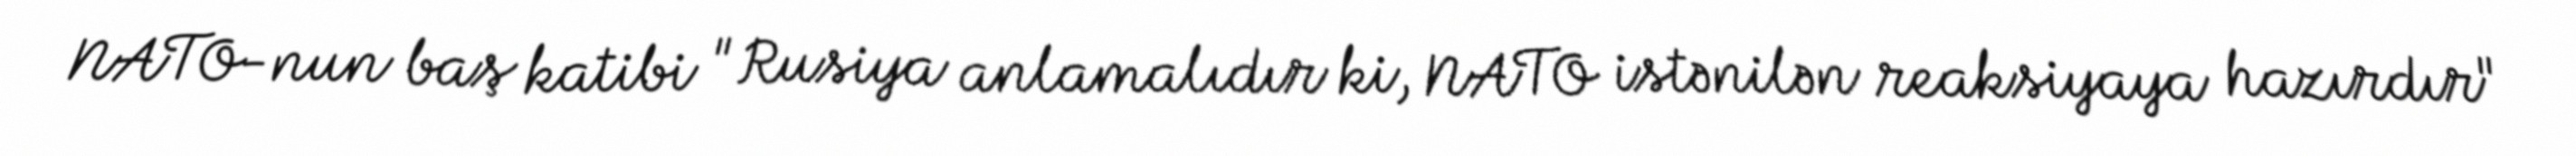
NATO-nun baş katibi "Rusiya anlamalıdır ki, NATO istənilən reaksiyaya hazırdır"